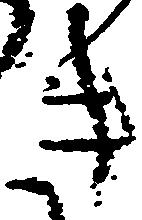
き